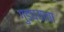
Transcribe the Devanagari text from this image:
गुडघ्याचा